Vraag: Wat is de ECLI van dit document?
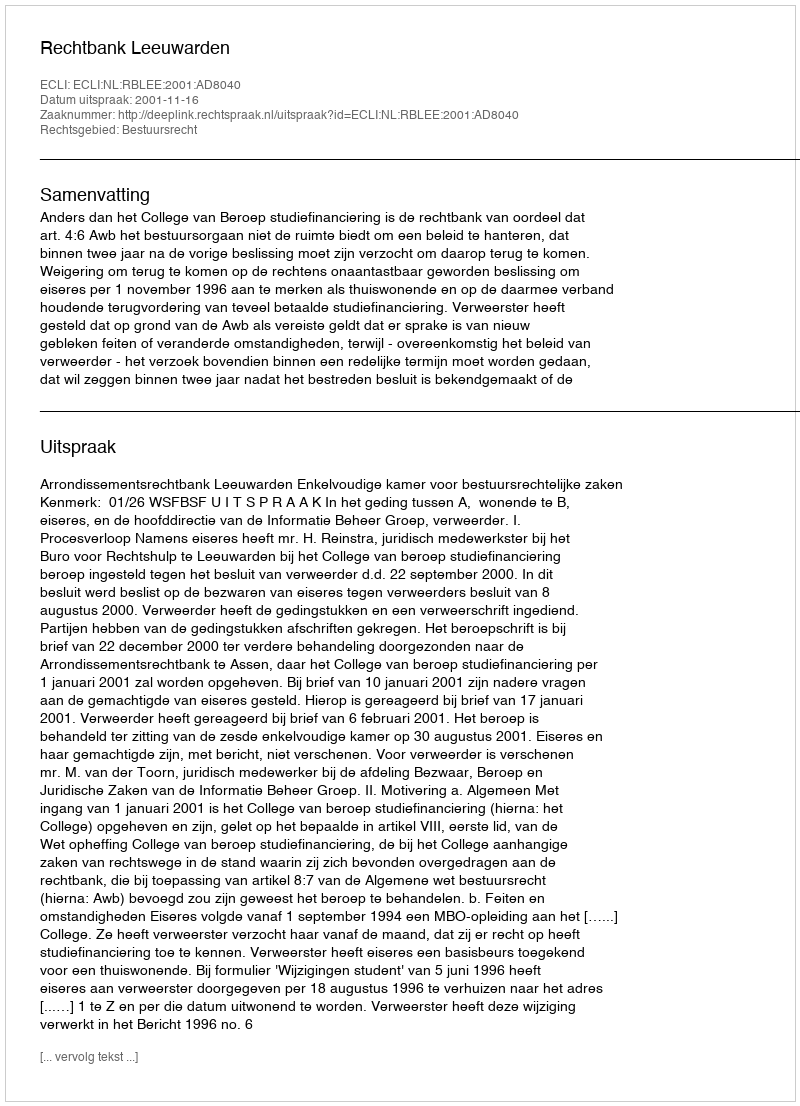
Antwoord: ECLI:NL:RBLEE:2001:AD8040